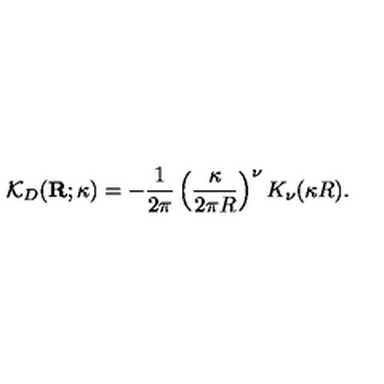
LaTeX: { \mathcal K } _ { { D } } ( { \bf R } ; \kappa ) = - \frac { 1 } { 2 \pi } \left( \frac { \kappa } { 2 \pi R } \right) ^ { \nu } K _ { \nu } ( \kappa R ) .